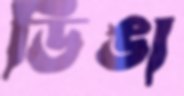
ডিঙা